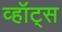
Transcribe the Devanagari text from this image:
व्हॉट्स